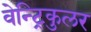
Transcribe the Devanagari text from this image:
वेन्ट्रिकुलर